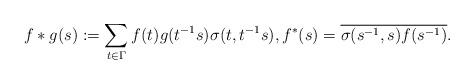
LaTeX: \begin{align*}f\ast g(s) :=\sum_{t\in \Gamma} f(t)g(t^{-1}s)\sigma(t,t^{-1}s),f^*(s)=\overline{\sigma(s^{-1},s)f(s^{-1})}.\end{align*}